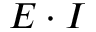
E \cdot I